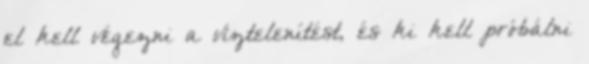
el kell végezni a víztelenítést, és ki kell próbálni